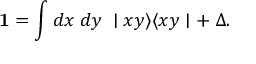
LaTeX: { \textbf 1 } = \int d x \; d y \; \mid x y \rangle \langle x y \mid + \; \Delta .